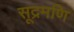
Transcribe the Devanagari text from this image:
सूद्रमणि